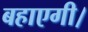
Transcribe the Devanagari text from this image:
बहाएगी।